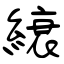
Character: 縗